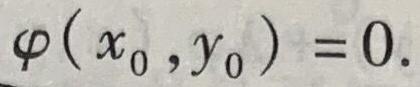
$\varphi (x_{0},y_{0}) = 0.$